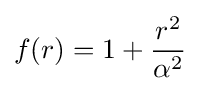
f(r)=1+{\frac {r^{2}}{\alpha ^{2}}}